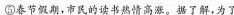
⑤春节假期，市民的读书热情高涯。据了解，为了